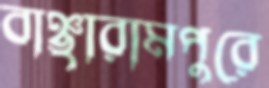
বাঞ্ছারামপুরে